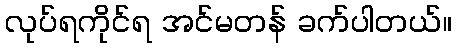
လုပ်ရကိုင်ရ အင်မတန် ခက်ပါတယ်။